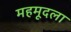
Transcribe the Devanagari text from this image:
महमूदला